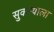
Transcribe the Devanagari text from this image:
सुकन्याला